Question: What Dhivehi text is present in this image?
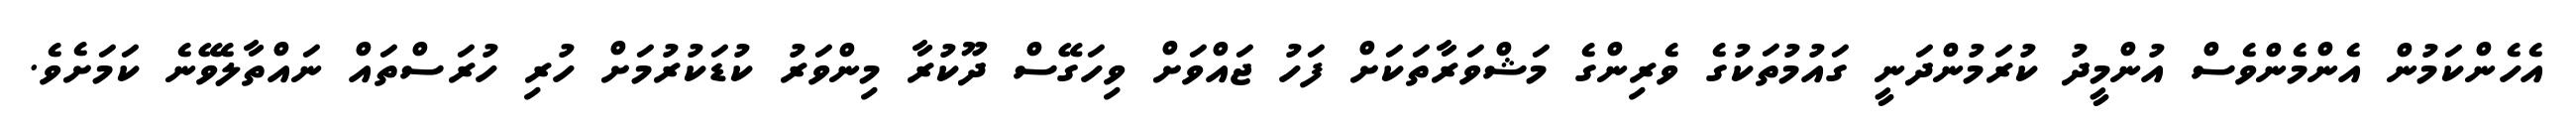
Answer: އެހެންކަމުން އެންމެންވެސް އުންމީދު ކުރަމުންދަނީ ގައުމުތަކުގެ ވެރިންގެ މަޝްވަރާތަކަށް ފަހު ޖައްވަށް ވިހަގޭސް ދޫކުރާ މިންވަރު ކުޑަކުރުމަށް ހުރި ހުރަސްތައް ނައްތާލެވޭނެ ކަމަށެވެ.